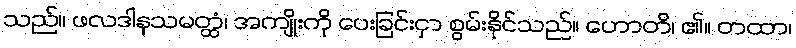
သည်။ ဖလဒါနသမတ္ထံ၊ အကျိုးကို ပေးခြင်းငှာ စွမ်းနိုင်သည်။ ဟောတိ၊ ၏။ တထာ၊